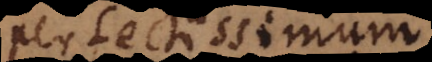
perfectissimum.